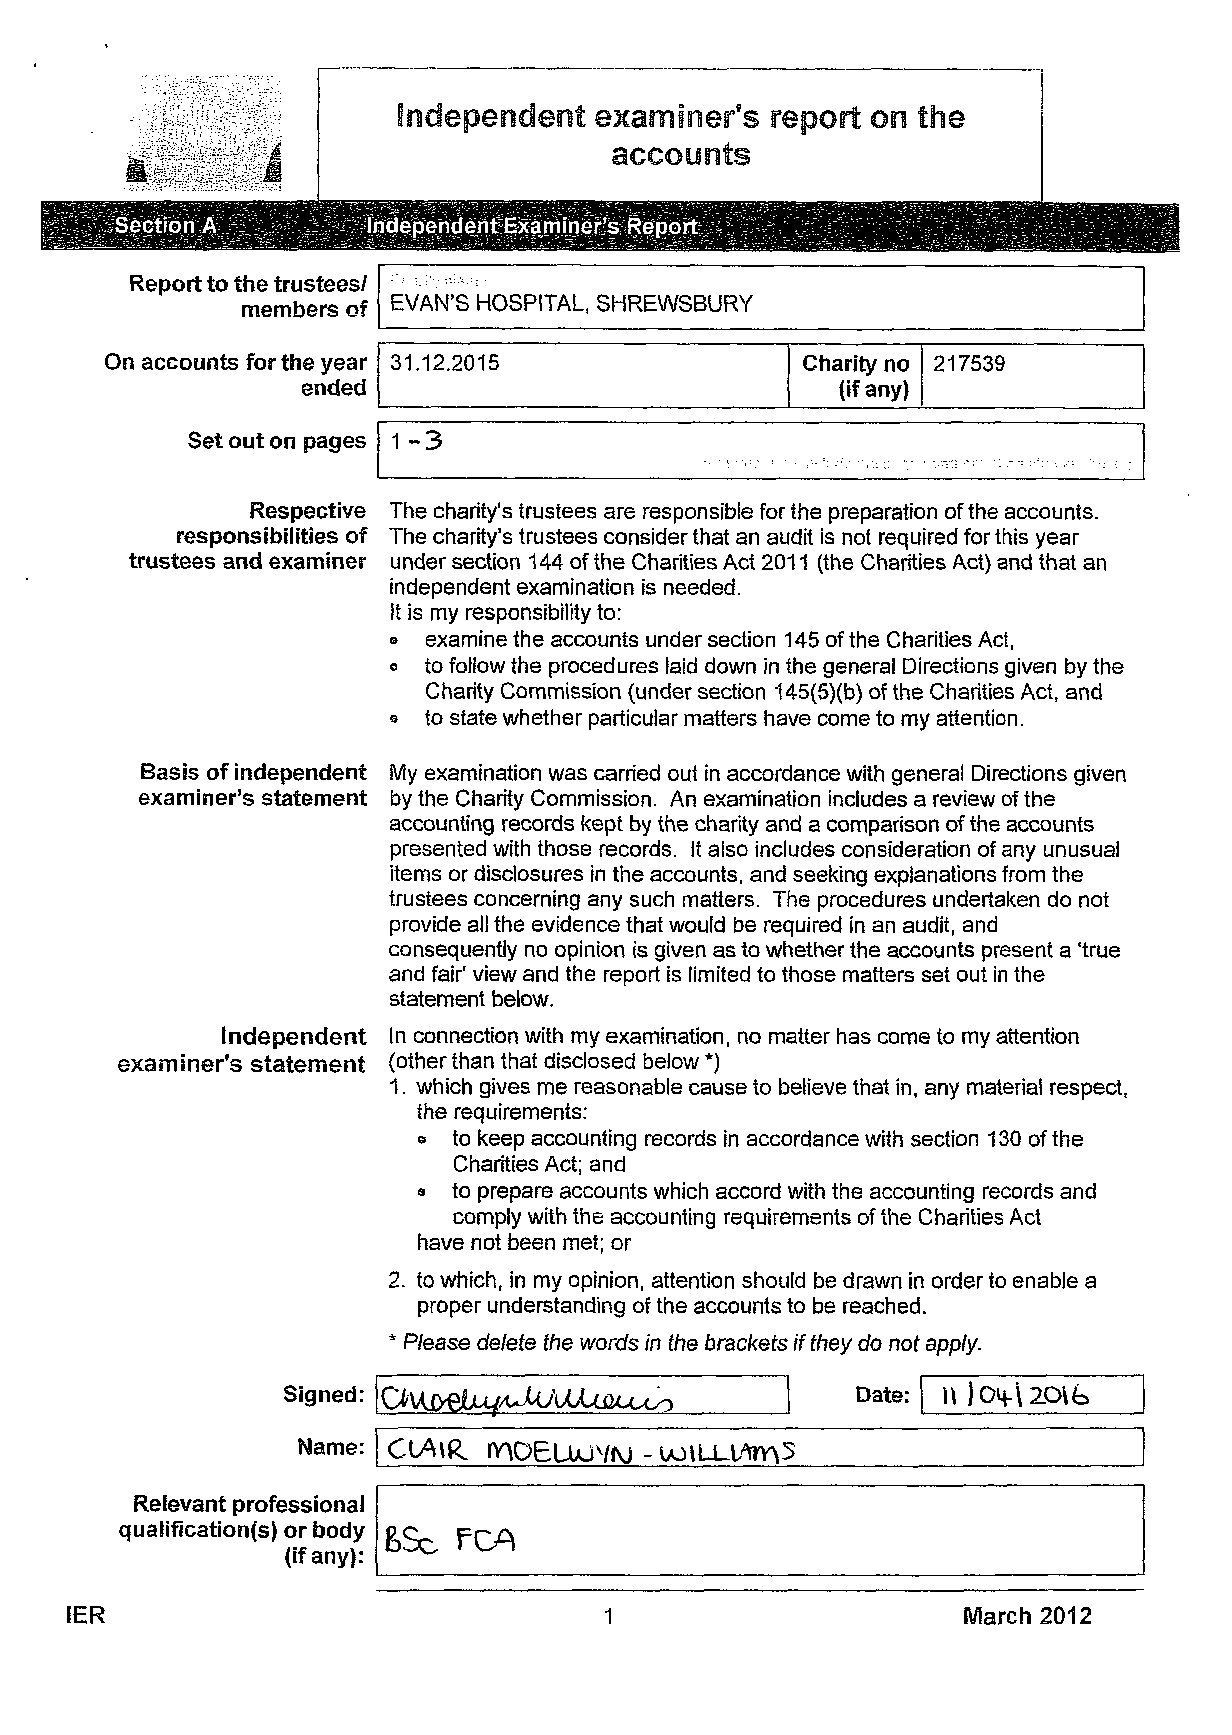
Independent  examiner's  repo rt on the
 I l i l ti                       accounts
 Section A       Independent Examiner's Report
 Report to the trustees/
 members of EVAN'S HOSPITAL, SHREWSBURY
 On accounts for the year 31.12.2015           Charity no 217539
 ended                               (if any)
 Set out on pages 1-3
 Respective The charity's trustees are responsible forthe preparation ofthe accounts.
 responsibilities of The charity's trustees considerthat an audit is not required forthis year
 trustees and examiner under section 144 of the Charities Act 2011 (the Charities Act) and that an
 independent examination is needed.
 It is my responsibility to:
 » examine the accounts under section 145 of the Charities Act,
 o to follow the procedures laid down in the general Directions given by the
 Charity Commission (under section 145(5)(b) of the Charities Act, and
 a to state whether particular matters have come to my attention.
 Basis of independent My examination was carried out in accordance with general Directions given
 examiner's statement by the Charity Commission. An examination includes a review of the
 accounting records kept by the charity and a comparison of the accounts
 presented with those records. It also includes consideration of any unusual
 items or disclosures in the accounts, and seeking explanations from the
 trustees conceming any such matters. The procedures undertaken do not
 provide all the evidence that would be required in an audit, and
 consequently no opinion is given as to whether the accounts present a 'true
 and fair' view and the report is limited to those matters set out in the
 statement below.
 Independent In connection with my examination, no matter has come to my attention
 examiner's statement (other than that disclosed below *)
 1. which gives me reasonable cause to believe that in, any material respect,
 the requirements:
 e to keep accounting records in accordance with section 130 of the
 Charities Act; and
 9 to prepare accounts which accord with the accounting records and
 comply with the accounting requirements of the Charities Act
 have not been met; or
 2. to which, in my opinion, attention should be drawn in order to enable a
 proper understanding of the accounts to be reached.
 * Please delete the words in the brackets if they do not apply.
 Signed: IQ\A&£JUUJAM;UJU£JU^O         Date:
 Name:
 Relevant professional
 qualification(s) or body
 6Sc  FCA
 (if any):
 IER                                 1                       March 2012